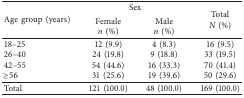
<table><thead><tr><td rowspan="3"><b>Age group (years)</b></td><td colspan="2"><b>Sex</b></td><td rowspan="3"><b>Total <i>N</i> (%)</b></td></tr><tr><td><b>Female</b></td><td><b>Male</b></td></tr><tr><td><b><i>n</i> (%)</b></td><td><b><i>n</i> (%)</b></td></tr></thead><tbody><tr><td>18–25</td><td>12 (9.9)</td><td>4 (8.3)</td><td>16 (9.5)</td></tr><tr><td>26–40</td><td>24 (19.8)</td><td>9 (18.8)</td><td>33 (19.5)</td></tr><tr><td>42–55</td><td>54 (44.6)</td><td>16 (33.3)</td><td>70 (41.4)</td></tr><tr><td>≥56</td><td>31 (25.6)</td><td>19 (39.6)</td><td>50 (29.6)</td></tr><tr><td>Total</td><td>121 (100.0)</td><td>48 (100.0)</td><td>169 (100.0)</td></tr></tbody></table>